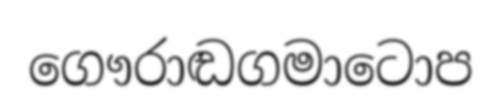
ගෞරාඬගමාටොප